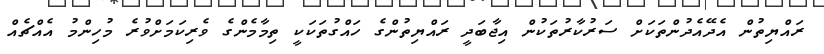
ރައްޔިތުން އެދޭއެދުންތަކަށް ސަރުކާރުތަކުން އިޖާބަދީ ރައްޔިތުންގެ ހައްގުތަކަކީ ތިމާމެންގެ ވެރިކަމަށްވުރެ މުހިންމު އެއްޗެއް